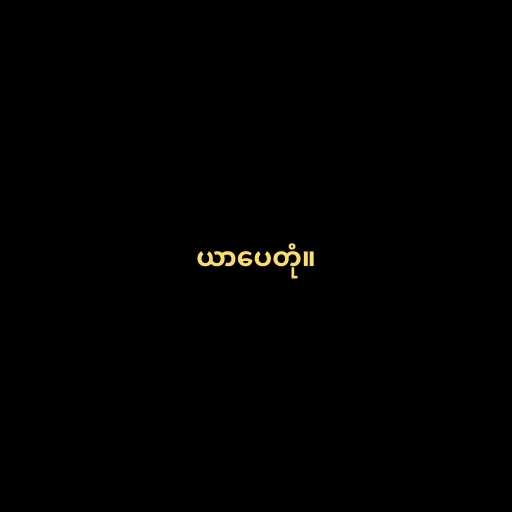
ယာပေတုံ။